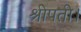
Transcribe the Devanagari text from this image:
श्रीपती।